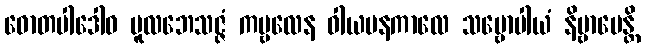
ဓောတပါဒေါဝ မူလဘေသဇ္ဇံ ကမ္ဗလေန ဝါယမနကာလေ သဗ္ဗောပါယံ နိဗ္ဗာပေန္တိ